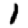
Digit: 1